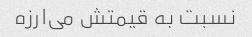
نسبت به قیمتش می‌ارزه